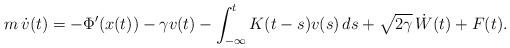
LaTeX: \begin{align*}m\, \dot{v}(t)=- \Phi'(x(t)) -\gamma v(t) - \int_{-\infty}^t K(t-s)v(s)\, ds + \sqrt{2\gamma} \, \dot{W}(t) + F(t).\end{align*}